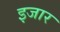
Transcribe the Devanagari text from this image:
इजार